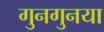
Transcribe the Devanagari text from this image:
गुनगुनया